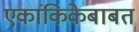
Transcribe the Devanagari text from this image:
एकांकिकेबाबत